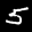
Label: 5